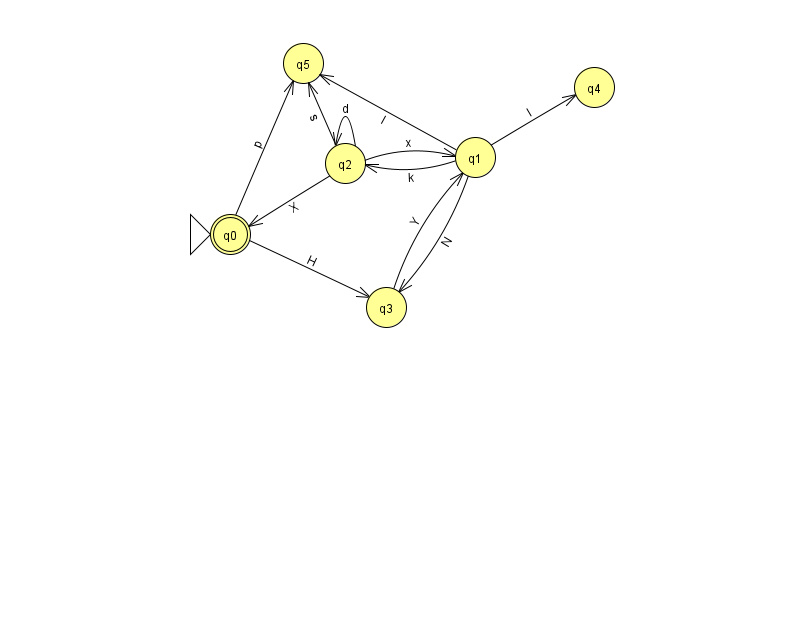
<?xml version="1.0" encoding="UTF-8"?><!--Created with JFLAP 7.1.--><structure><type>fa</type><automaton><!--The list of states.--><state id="0" name="q0"><x>230.0</x><y>221.0</y><initial/><final/></state><state id="1" name="q1"><x>475.0</x><y>144.0</y></state><state id="2" name="q2"><x>345.0</x><y>150.0</y></state><state id="3" name="q3"><x>386.0</x><y>294.0</y></state><state id="4" name="q4"><x>594.0</x><y>74.0</y></state><state id="5" name="q5"><x>303.0</x><y>50.0</y></state><!--The list of transitions.--><transition><from>2</from><to>5</to><read>s</read></transition><transition><from>2</from><to>2</to><read>d</read></transition><transition><from>0</from><to>5</to><read>p</read></transition><transition><from>1</from><to>2</to><read>k</read></transition><transition><from>1</from><to>5</to><read>I</read></transition><transition><from>1</from><to>4</to><read>I</read></transition><transition><from>3</from><to>1</to><read>Y</read></transition><transition><from>2</from><to>1</to><read>x</read></transition><transition><from>0</from><to>3</to><read>H</read></transition><transition><from>1</from><to>3</to><read>N</read></transition><transition><from>2</from><to>0</to><read>X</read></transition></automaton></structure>